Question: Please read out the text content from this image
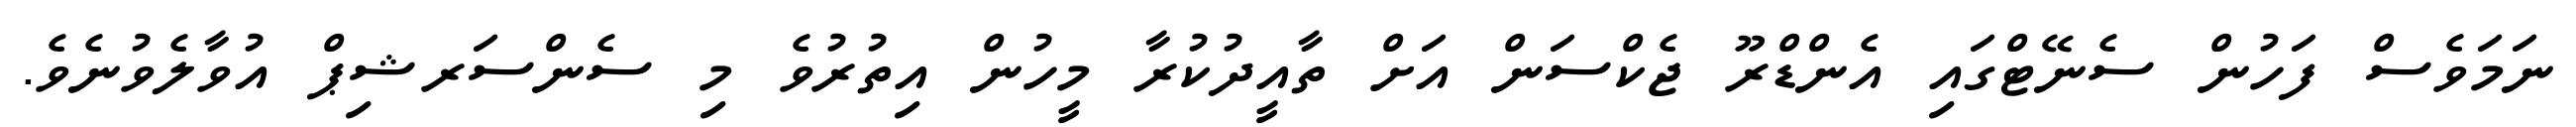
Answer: ނަމަވެސް ފަހުން ސެނޭޓްގައި އެންޑްރޫ ޖެކްސަން އަށް ތާއީދުކުރާ މީހުން އިތުރުވެ މި ސެންސަރޝިޕް އުވާލެވުނެވެ.